Vaccination North-Western Provinces and Oudh 1896-1901 - 1896-1901
Year: 1896
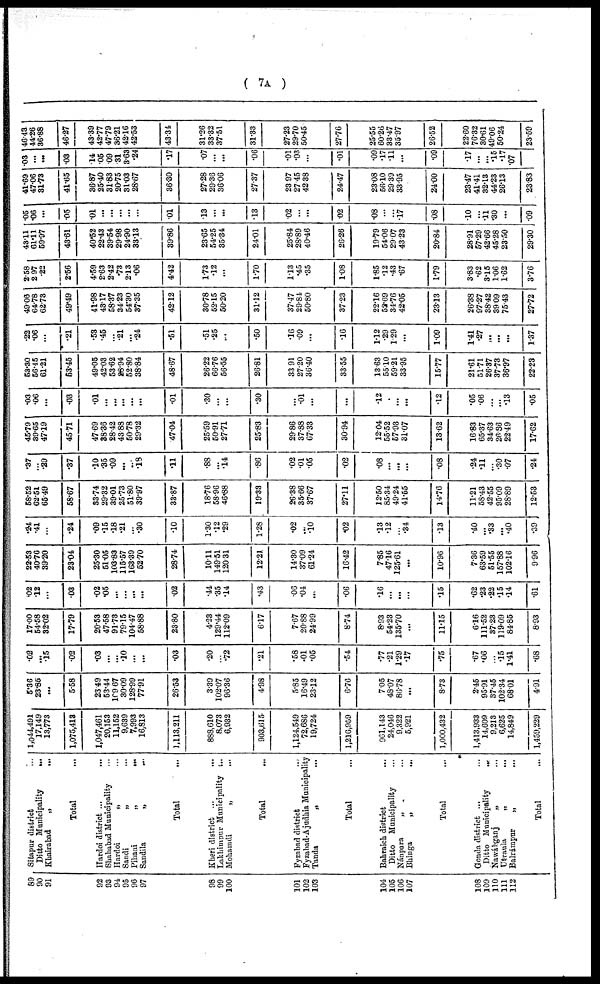
( 7A )
89
90
91
92
93
94
95
96
97
98
99
100
101
102
103
104
105
106
107
108
109
110
111
112
Sitapur district ...
Ditto Municipality
...
Khairabad
„
...
Total ...
Hardoi district ...
...
Shahabad Municipality ...
Hardoi
„ ...
Sandi
„ ...
Pihani
„
...
Sandila
„
...
Total ...
Kheri district ... ...
Lakhimpur Municipality ...
Mohamdi
„
...
Total ...
Fyzabad district ...
Fyzabad-Ajudhia Municipality
Tanda
„ ...
Total ...
Bahraich district ...
Ditto Municipality ...
Nánpara
„ ...
Bhinga
„ ...
Total ...
Gonda district ... ...
Ditto Municipality
...
Nawáhganj
„ ...
Utraula
„
...
Balrámpur
„ ...
Total ...
1,044,491
17,149
13,773
1,075,413
1,047,461
20,153
11,152
9,639
7,993
16,813
1,113,211
888,610
8,073
6,932
903,615
1,124,549
72,686
19,724
1,216,959
961,143
24,046
9,322
5,921
1,000,432
1,413,933
14,609
9,213
6,625
14,849
1,459,229
5.36
23.85
...
5.58
23.49
53.44
109.67
30.09
128.99
77.91
26.53
3.39
102.07
96.36
4.98
5.85
16.49
23.12
6.76
7.05
48.07
86.78
...
8.73
2.45
95.91
37.45
102.34
68.01
4.91
.02
...
.15
.02
.03
...
...
.10
...
...
.03
.20
...
.72
.21
.58
.01
.05
.54
.77
.21
1.29
.17
.75
.67
.06
...
.15
1.41
.68
17.00
54.58
32.02
17.79
20.53
47.58
91.73
79.15
104.47
58.88
23.80
4.23
129.44
112.09
6.17
7.67
20.88
24.99
8.74
8.93
54.23
135.70
...
11.15
6.16
111.52
37.23
119.09
84.85
8.93
.02
.12
...
.03
.02
.05
...
...
...
...
.02
.44
.35
.14
.43
.06
.04
...
.06
.16
...
...
...
.15
.62
.23
.22
.15
.14
.61
22.53
40.76
39.20
23.04
25.30
51.05
103.83
115.57
163.39
52.70
28.74
10.11
149.51
120.31
12.21
14.30
37.09
61.24
16.42
7.85
47.16
125.61
...
10.96
7.36
63.59
51.55
157.88
102.16
9.96
.24
.41
...
.24
.09
.15
.18
.21
...
.30
.10
1.30
.12
.29
1.28
.02
...
.10
.02
.13
.12
...
.34
.13
.40
...
.33
...
.40
.39
58.52
62.51
6549
58.67
33.74
29.32
39.01
25.73
51.80
39.97
33.87
18.76
58.96
46.88
19.33
26.38
35.66
37.67
27.11
12.50
85.34
49.24
41.55
14.76
11.21
58.43
42.55
95.09
28.89
12.53
.37
...
.29
.37
.10
.35
.09
...
...
.18
.11
.88
...
.14
.86
.02
.01
.05
.02
.08
...
...
...
.08
.24
.11
...
.30
.07
.24
45.79
39.65
47.19
45.71
47.69
38.36
28.42
43.88
50.78
29.32
47.04
25.59
50.91
27.71
25.83
29.86
37.88
67.33
30.94
12.04
55.52
57.93
31.07
13.62
16.83
65.37
34.63
26.86
22.49
17.62
.03
.06
...
.03
.01
...
...
...
...
...
.01
.30
...
...
.30
...
.01
...
...
.12
...
...
...
.12
.05
.06
...
...
.13
.05
63.30
66.45
61.21
53.45
49.05
42.03
53.62
28.94
52.80
38.84
48.67
26.22
66.76
56.55
26.81
33.91
27.20
36.40
33.55
1363
5510
59.21
33.95
15.77
21.61
51.71
26.37
37.73
36.97
22.23
.22
.06
...
.21
.53
.45
...
.21
...
.24
.51
.51
.25
.50
.16
.09
...
.16
1.12
.29
129
...
1.09
1.41
.27
...
...
...
1.37
49'06
64.78
62.73
49.49
41.98
43.17
58.37
34.23
54.30
37.35
42.12
30.78
52.15
50.20
31.12
37.47
29.84
50.80
37.23
22.16
52.69
34.76
42.05
23.13
26.38
97.27
38.42
39.09
75.43
27.72
2.58
2 97
.22
2.56
4.59
2.63
2.42
.73
2.13
.06
4.42
1.73
.12
1.70
1.13
.45
.35
1.08
1.85
.12
.43
.67
1.79
3.83
.62
3.15
1.06
1.62
3.76
43.11
61.11
59.97
43.61
40.52
22.43
39.54
29.98
24.90
33.13
39.86
23.65
54.25
35.34
24.01
25.84
28.89
40.46
26.26
19.79
54.06
29.07
43.23
20.84
28.91
57.29
42.66
45.28
23.50
29.30
.05
.06
.05
.01
...
...
...
.01
13
...
.13
.02
...
02
.08
...
...
.17
.08
.10
...
.11
.30
...
.09
41.69
47.06
31.73
41.65
36.87
25.40
31.83
20.75
31.03
28.67
36.30
27.28
29.36
36.06
27.37
23.97
27.45
42.38
24.47
23.08
56.10
29.39
33.95
24.00
23.47
41.41
32.13
44.23
26.13
23.83
.03
...
...
.03
14
05
09
31
3.63
.24
.17
.07
...
...
.06
.01
.03
...
.01
.09
.17
.11
...
.09
.17
...
...
.15
.17
.07
46.43
44.26
36.88
46.27
43.39
42.77
47.79
36.21
42.16
42.53
43.34
31.26
33.32
37.51
31.33
27.23
29.70
50.45
27.76
25.55
60.26
33.47
35.97
26.52
22.60
76.32
30.61
49.06
50.24
23.59